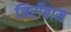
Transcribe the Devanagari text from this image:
जिरीबाम